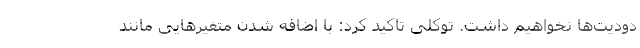
دودیت‌ها نخواهیم داشت. توکلی تاکید کرد: با اضافه شدن متغیرهایی مانند